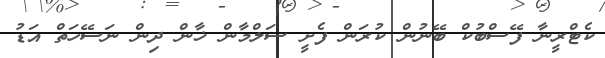
ކެޓްރީނާ ފޭސްބުކް ބޭނުން ކުރަން ފެށީ ސަލްމާން ޚާން ދިން ނަސޭހަތް އަޑު